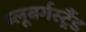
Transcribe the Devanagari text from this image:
ब्‍लूबर्गस्‍ट्रैंड